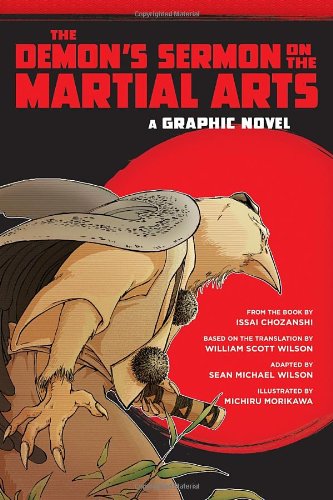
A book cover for The Demon's Sermon on the Martial Arts: A Graphic Novel; Sean Michael Wilson; Comics & Graphic Novels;